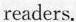
readers.